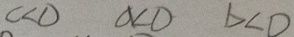
c < 0 a < 0 b < 0